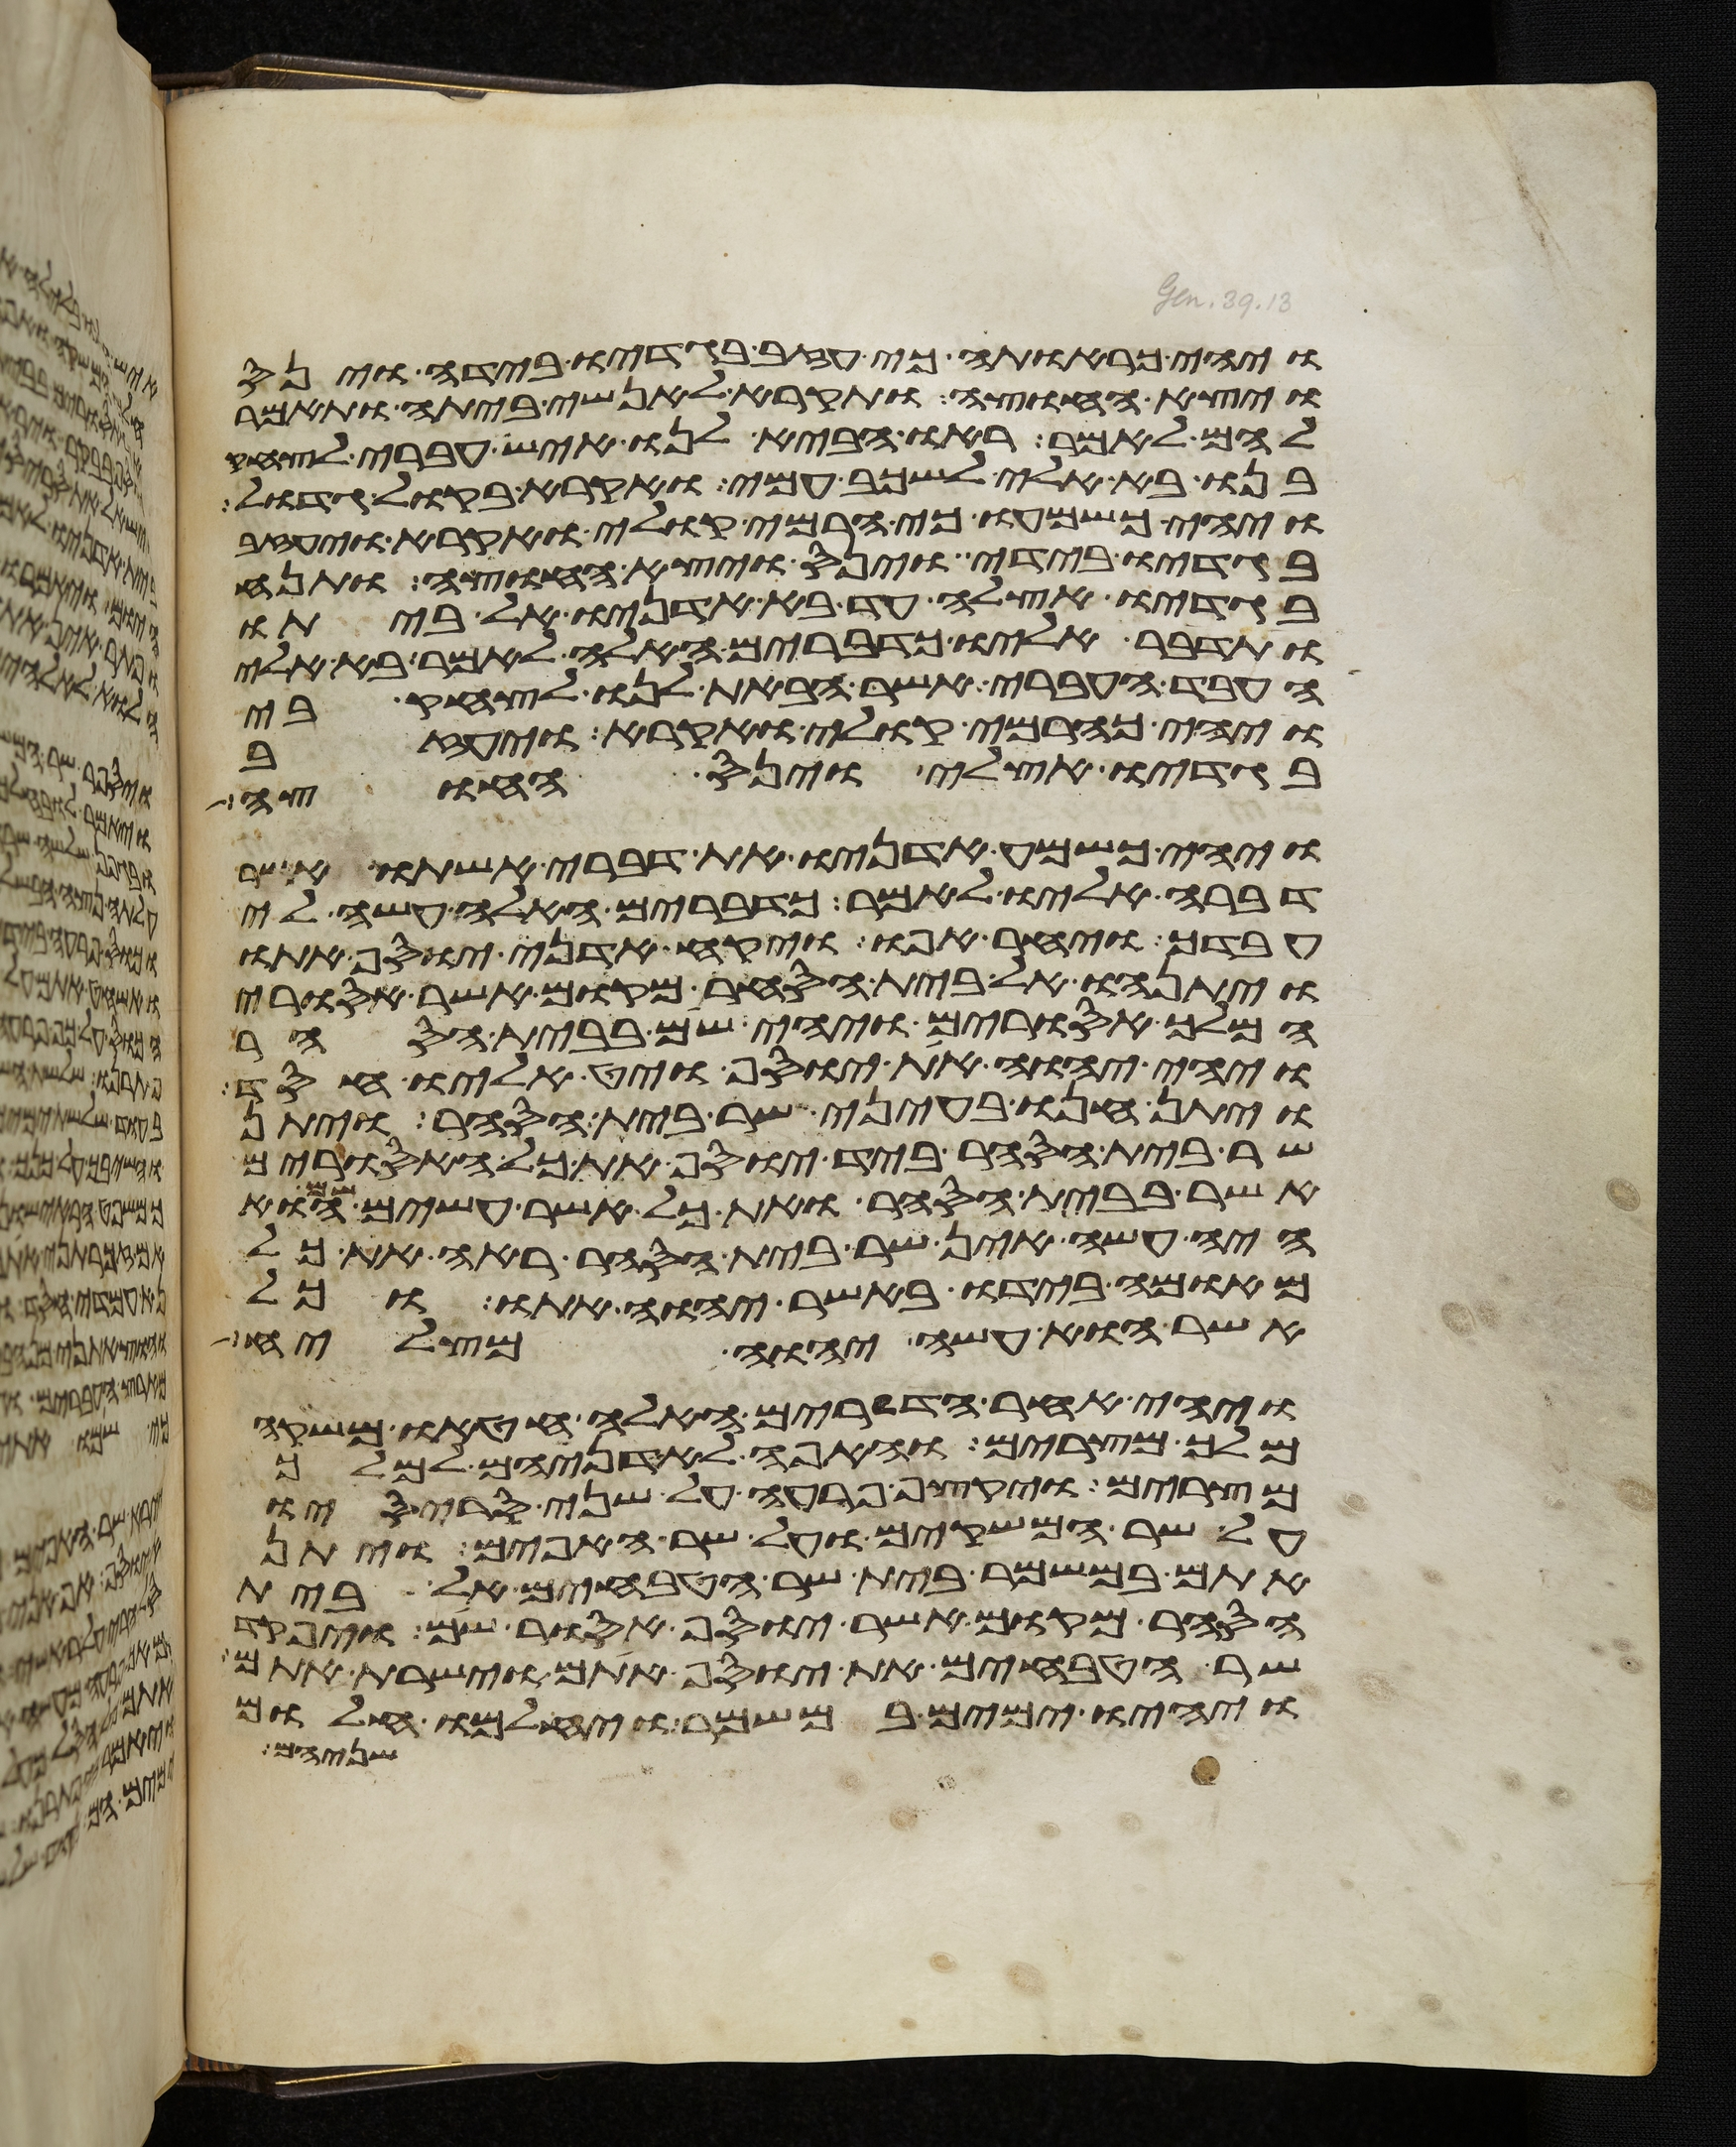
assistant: ויהי כראותה כי עזב בגדיו בידה וינס
ויצא החוצה ותקרא לאנשי ביתה ותאמר
להם לאמר ראו הביא לנו איש עברי לצחק
בנו בא אלי לשכב עמי ואקרא בקול גדול
ויהי כשמעו כי הרמי קולי ואקרא ויעזב
בגדיו בידי וינס ויצא החוצה ותנח
בגדיו אצלה עד בא אדניו אל ביתו
ותדבר אליו כדברים האלה לאמר בא אלי
העבד העברי אשר הבאת לנו לצחק בי
ויהי כהרמי קולי ואקרא ויעזב
בגדיו אצלי וינס החוצה
ויהי כשמע אדניו את דברי אשתו אשר
דברה אליו לאמר כדברים האלה עשה לי
עבדך ויחר אפו ויקח אדני יוסף אתו
ויתנהו אל בית הסחר מקום אשר אסורי
המלך אסורים ויהי שם בבית הסחר
ויהי יהוה את יוסף ויט אליו חסד
ויתן חנו בעיני שר בית הסחר ויתן
שר בית הסחר ביד יוסף את כל האסורים
אשר בבית הסחר ואת כל אשר עשים שם הוא
היה עשה אין שר בית הסחר ראה את כל
מאומה בידו באשר יהוה אתו וכל
אשר הוא עשה יהוה מצליח
ויהי אחר הדברים האלה חטאו משקה
מלך מצרים והאפה לאדניהם למלך
מצרים ויקצף פרעה על שני סריסיו
על שר המשקים ועל שר האפים ויתן
אתם במשמר בית שר הטבחים אל בית
הסחר מקום אשר יוסף אסור שם ויפקד
שר הטבחים את יוסף אתם וישרת אתם
ויהיו ימים במשמר ויחלמו חלום
שניהם